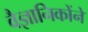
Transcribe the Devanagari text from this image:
वैज्ञानिकोंने